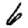
Digit: 6